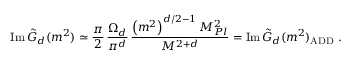
\mathrm { I m } \, \tilde { G } _ { d } ( m ^ { 2 } ) \simeq \frac { \pi } { 2 } \, \frac { \Omega _ { d } } { \pi ^ { d } } \, \frac { \left( m ^ { 2 } \right) ^ { d / 2 - 1 } M _ { P l } ^ { 2 } } { M ^ { 2 + d } } = \mathrm { I m } \, \tilde { G } _ { d } ( m ^ { 2 } ) _ { \mathrm { A D D } } \ .